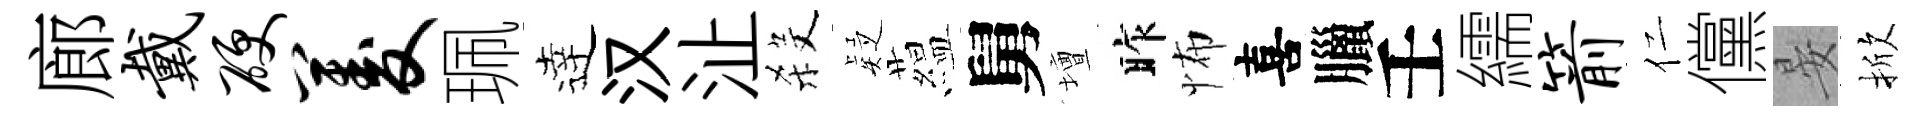
廊戴硬菱珮逹汉沚殺疑藴舅壇昨怖喜臘壬繻箭仁儻晏掀